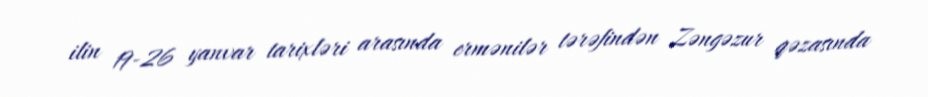
ilin 19-26 yanvar tarixləri arasında ermənilər tərəfindən Zəngəzur qəzasında